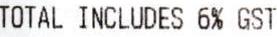
TOTAL INCLUDES 6% GST